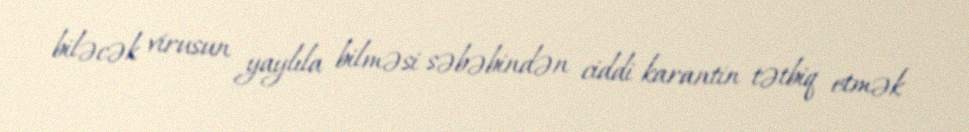
biləcək virusun yaylıla bilməsi səbəbindən ciddi karantin tətbiq etmək